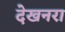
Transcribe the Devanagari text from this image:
देखनरा